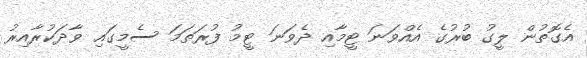
އެގޮތުން ލީގު ބުރުގެ އެއްވަނަ ޓީމާއި ދެވަނަ ޓީމު ފުރަތަމަ ސެމީގައި ވާދަކުރާއިރު